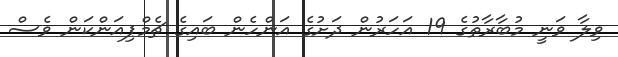
ވިލާ ވަނީ މުބާރާތުގެ 19 އަހަރުން ދަށުގެ އަންހެން ބައިގެ ޗެމްޕިއަންކަން ވެސް